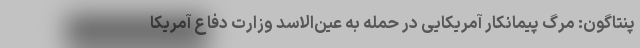
پنتاگون: مرگ پیمانکار آمریکایی در حمله به عین‌الاسد وزارت دفاع آمریکا